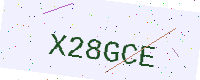
Text: X28GCE